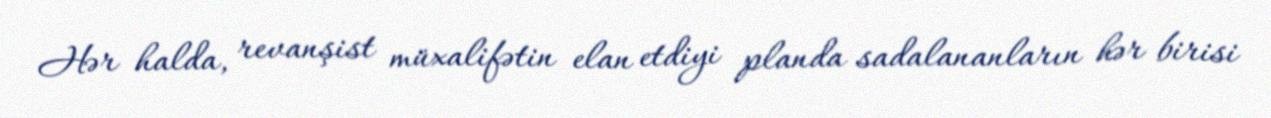
Hər halda, revanşist müxalifətin elan etdiyi planda sadalananların hər birisi